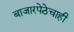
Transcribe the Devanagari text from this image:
बाजारपेठेचाही